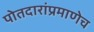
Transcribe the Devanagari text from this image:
पोतदारांप्रमाणेच